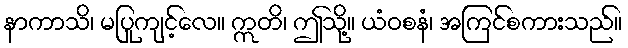
နာကာသိ၊ မပြုကျင့်လေ။ ဣတိ၊ ဤသို့။ ယံဝစနံ၊ အကြင်စကားသည်။